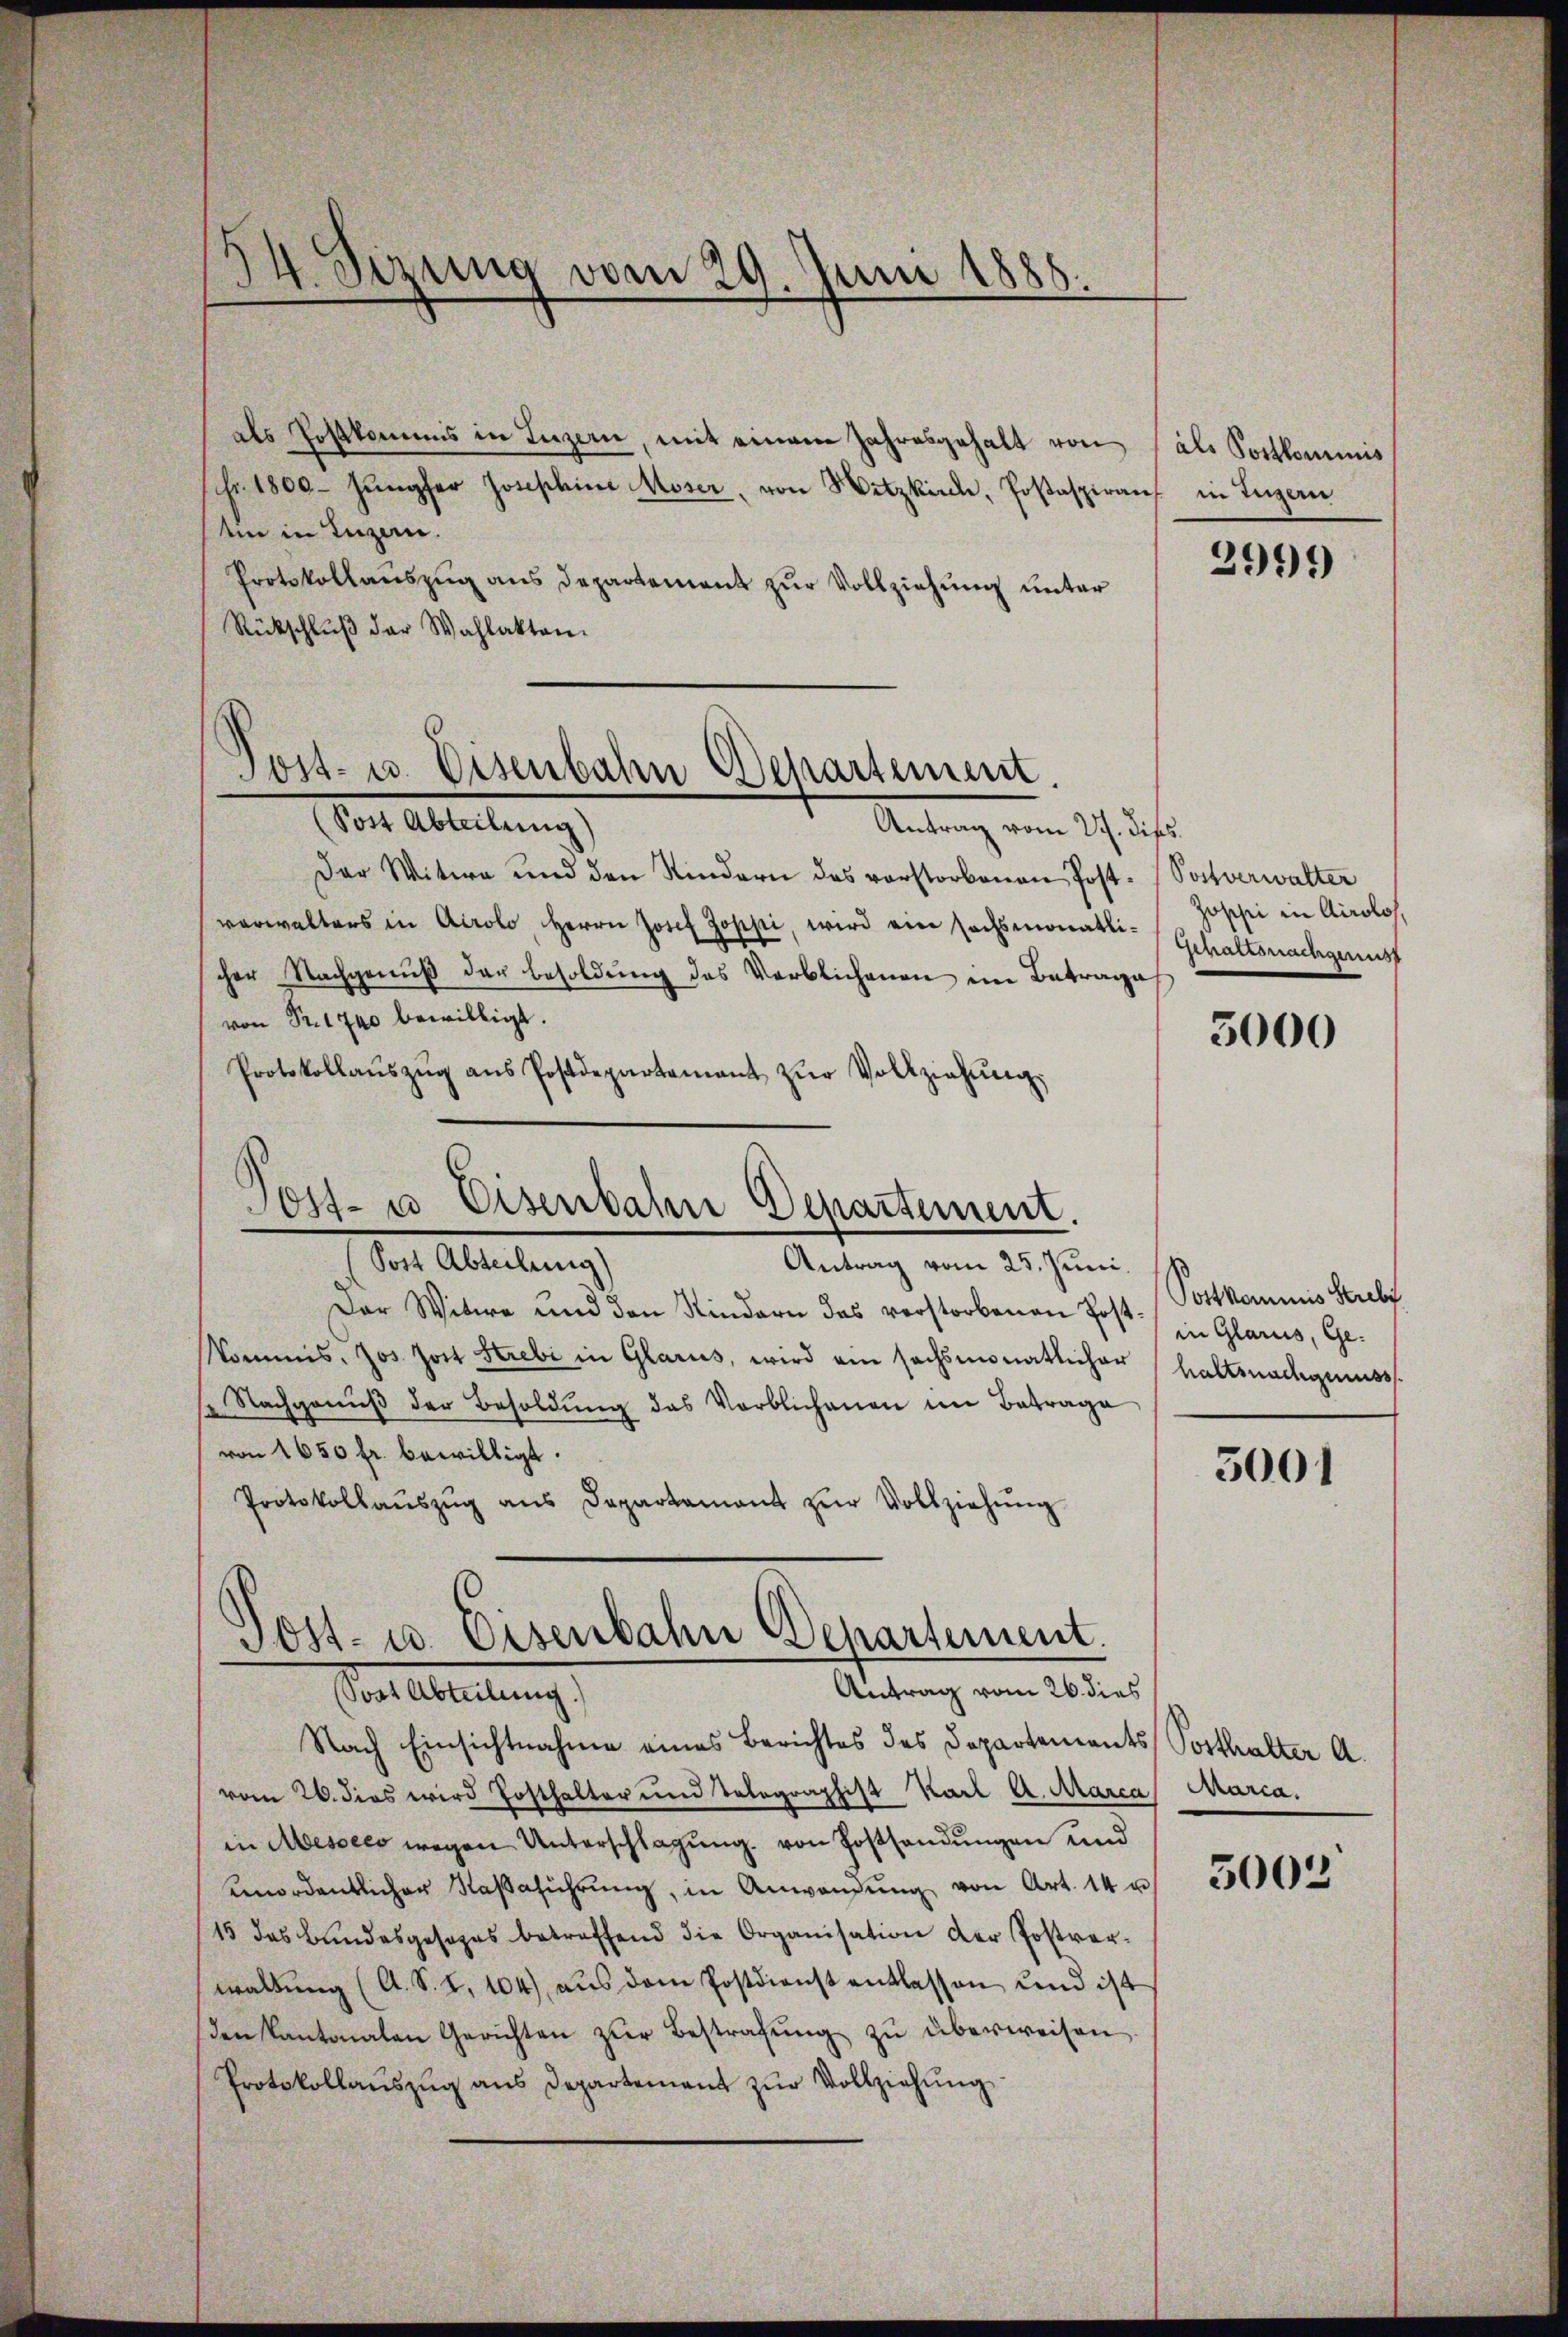
94. Sizung vom 29. Juni 1885.

als Postkommis in Luzern, mit einem Jahresgehalt von
schr. 1800. Jungfer Josephine Moser, von Hitzkirch, Posaspiranz in Luzern
ein in Luzern.
Protokollauszug aus Departement zur Vollziehung unter
Rückschlŭβ der Wahlakten.

Von Abteilungs
Antrag ein Schluß
Der Witwe und den Kindern des vorstorbenen Post- (Postverwalter
verwalters in Airolo, Herrn Josef Zoppi, wird ein sechsmonaste Gehaltsnachgenuss
cher Nachgenŭβ der Besoldŭng des Verblichenen im Betrage
von Sr. 1740 bewilligt.
Protokollaŭszŭg ans Postdepartement zŭr Vollziehŭng

Tost- u. Eisenbahn Departement.

Jost- u Eisenbahne Departement.
Post Abteilung)
Antrag vom 25. Juni.

Der Witwe und den Kindern das verstorbenen Post. Pottkommnis Strebs
Kommis. Jos. Jost Strebi in Glarus, wird ein sechsmonatlicher haltsnachgenuss.
 Nachganŭβ der Besoldŭng das Verblichenen im Betrage
von 1650 fr. bewilligt.
Protokollaŭszŭg ans Departamant zŭr Vollziehŭng

Sost- u. Eisenbahn Departement.
Antrag vom 26. dies
Mallereitung

Nach Einsichtnahme eines Berichtes des Departements Posthalter A.
vom 26. dies wird Hosthalter und Telegraphist Karl A. Marca
in Messers wegen Unterschlagung von Postsandungen und
enordentlicher Naßaführŭng, in Anwendŭng von Art. 14 u
15 das Bundesgesezes betreffend die Organisation der Postverwaltŭng (A. S. I. 104), aŭs dem Postdienst entlassen und ist
den Kantonalen Gerichten zŭr Bestrafŭng zŭ überweisen.
Protokollaŭszŭg ans Departement zŭr Vollziehung

als Postkominis

2999)

Zoschi in Airolo,

3000

in Glarus, Ge-

3001

Maria.

5005